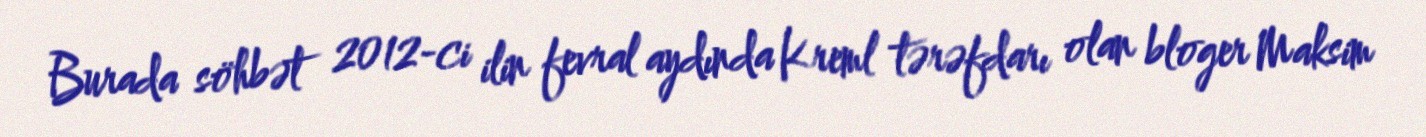
Burada söhbət 2012-ci ilin fevral aydında Kreml tərəfdarı olan bloger Maksim